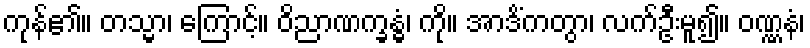
ကုန်၏။ တသ္မာ၊ ကြောင့်။ ဝိညာဏက္ခန္ဓံ၊ ကို။ အာဒိံကတွာ၊ လက်ဦးမူ၍။ ဝဏ္ဏနံ၊